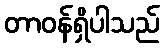
တာဝန်ရှိပါသည်